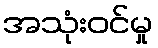
အသုံးဝင်မှု